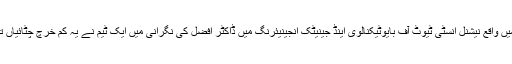
فیصل آباد میں واقع نیشنل انسٹی ٹیوٹ آف بایوٹیکنالوی اینڈ جینیٹک انجینیئرنگ میں ڈاکٹر افضل کی نگرانی میں ایک ٹیم نے یہ کم خرچ چٹائیاں تیار کی ہیں۔